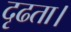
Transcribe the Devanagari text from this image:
दृढता।